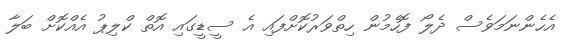
އެހެންނަމަވެސް ދެލޯ ފޮހެމުން ހިތްވަރުކޮށްފައި އެ ސީޑީގައި އޮތް ކްލިޕު އެއްކޮށް ބަލާ